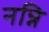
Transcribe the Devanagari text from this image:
नन्नि